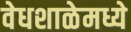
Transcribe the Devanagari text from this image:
वेधशाळेमध्ये